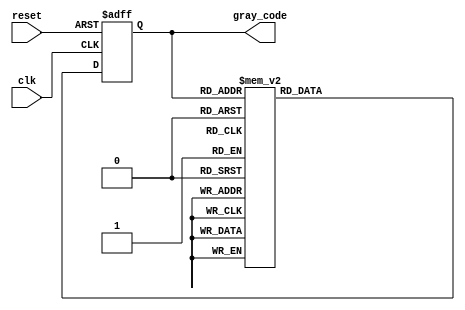
module gray_code_async_counter (
    input wire clk,            // Clock signal for triggering the flip-flops
    input wire reset,          // Asynchronous reset signal
    output reg [2:0] gray_code // 3-bit Gray code output
);

// Asynchronous reset and Gray code counter logic
always @(posedge clk or posedge reset) begin
    if (reset) begin
        gray_code <= 3'b000; // Reset to 000 in Gray code
    end else begin
        // Gray code counting logic
        case (gray_code)
            3'b000: gray_code <= 3'b001;
            3'b001: gray_code <= 3'b011;
            3'b011: gray_code <= 3'b010;
            3'b010: gray_code <= 3'b110;
            3'b110: gray_code <= 3'b111;
            3'b111: gray_code <= 3'b101;
            3'b101: gray_code <= 3'b100;
            3'b100: gray_code <= 3'b000; // Wrap around to 000
            default: gray_code <= 3'b000; // Safeguard
        endcase
    end
end

endmodule